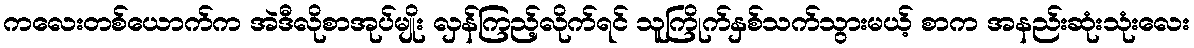
ကလေးတစ်ယောက်က အဲဒီလိုစာအုပ်မျိုး လှန်ကြည့်လိုက်ရင် သူကြိုက်နှစ်သက်သွားမယ့် စာက အနည်းဆုံးသုံးလေး